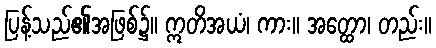
ပြန့်သည်၏အဖြစ်၌။ ဣတိအယံ၊ ကား။ အတ္ထော၊ တည်း။